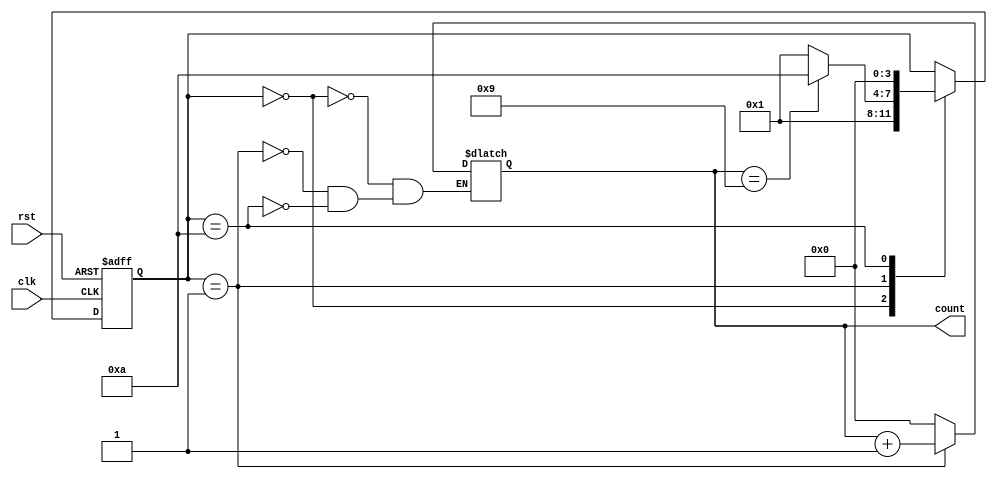
module bcd_counter (
    input wire clk,
    input wire rst,
    output reg [3:0] count
);

// State definitions
parameter IDLE = 4'b0000;
parameter INC = 4'b0001;
parameter RESET = 4'b1010;

// State register
reg [3:0] state;

// Next state logic
always @ (posedge clk or posedge rst) begin
    if (rst == 1) begin
        state <= IDLE;
    end else begin
        case (state)
            IDLE: begin
                state <= INC;
            end
            INC: begin
                if (count == 4'b1001) begin
                    state <= RESET;
                end else begin
                    state <= INC;
                end
            end
            RESET: begin
                state <= IDLE;
            end
        endcase
    end
end

// Output logic
always @ (*) begin
    case (state)
        IDLE: begin
            count <= 4'b0000;
        end
        INC: begin
            count <= count + 1;
        end
        RESET: begin
            count <= 4'b0000;
        end
    endcase
end

endmodule